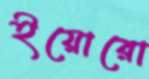
ইয়োরো